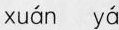
xuán yá